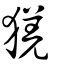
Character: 猐